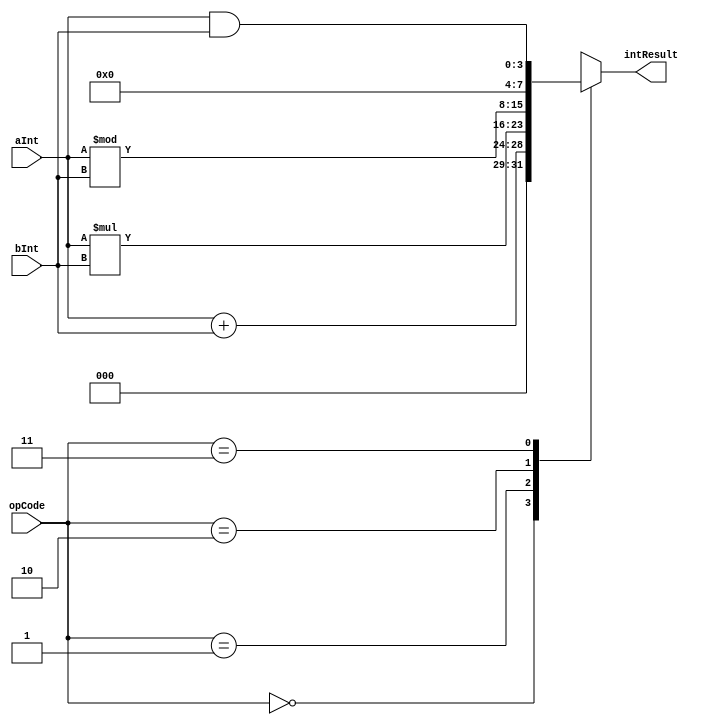
`timescale 1ns / 1ps
//////////////////////////////////////////////////////////////////////////////////
// Module Name: ALU
// Project Name: simpleALU
// Description: Building a 4-bit arithmetic logic unit (ALU)
// 
//////////////////////////////////////////////////////////////////////////////////
module ALU(
    input [3:0] aInt, // ALU A Int Input
    input [3:0] bInt, // ALU B Int Input
    input [1:0] opCode, // ALU Selection
    output reg [7:0] intResult
    );
  always @ (aInt,bInt)
    case (opCode)
      2'b00 : intResult = aInt + bInt; // Case One (Zeroin Binary): ALU Addition
      2'b01 : intResult = aInt * bInt; // Case Two (One in Binary): ALU Multiplication
      2'b10 : intResult = aInt % bInt; // Case Three (Two in Binary): ALU Modulo
      2'b11 : intResult = aInt & bInt; // Case Four (Three in Binary): ALU bitwise AND 
    endcase
endmodule